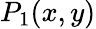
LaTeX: P_{1}(x,y)